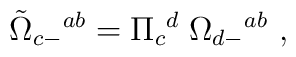
{\tilde \Omega}_{c-}{}^{ab} = \Pi _c{}^d \; \Omega_{d-}{}^{ab} \ ,